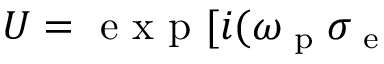
U = \textrm { e x p } [ i ( \omega _ { \textrm { p } } \sigma _ { \textrm { e } }